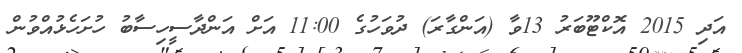
އަދި 2015 އޮކްޓޫބަރު 13ވާ (އަންގާރަ) ދުވަހުގެ 11:00 އަށް އަންދާސީހިސާބު ހުށަހެޅުއްވުން